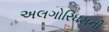
અલગોરિધમની